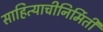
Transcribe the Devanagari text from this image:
साहित्याचीनिर्मिती